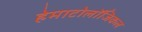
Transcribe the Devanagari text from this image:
हेमाटोलॉजिकल